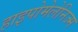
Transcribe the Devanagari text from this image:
हाइपोमेलेनिज्म